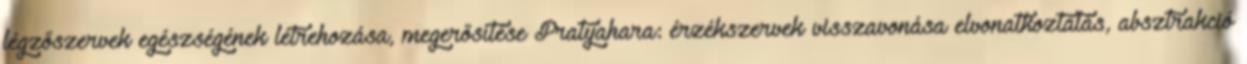
légzőszervek egészségének létrehozása, megerősítése Pratyahara: érzékszervek visszavonása elvonatkoztatás, absztrakció